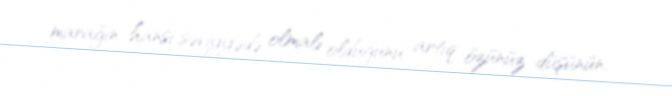
marağın hansı səviyyədə olmalı olduğunu artıq özünüz düşünün.